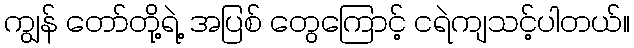
ကျွန် တော်တို့ရဲ့ အပြစ် တွေကြောင့် ငရဲကျသင့်ပါတယ်။